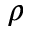
\rho